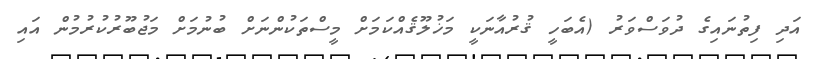
އަދި ފިތުނައިގެ ދުވަސްވަރު (އެބަހީ ޤުރުއާނަކީ މަޚުލޫޤެއްކަމަށް މީސްތަކުންނަށް ބުނުމަށް މަޖުބޫރުކުރުމުން އައި